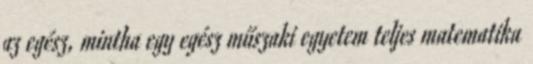
az egész, mintha egy egész műszaki egyetem teljes matematika